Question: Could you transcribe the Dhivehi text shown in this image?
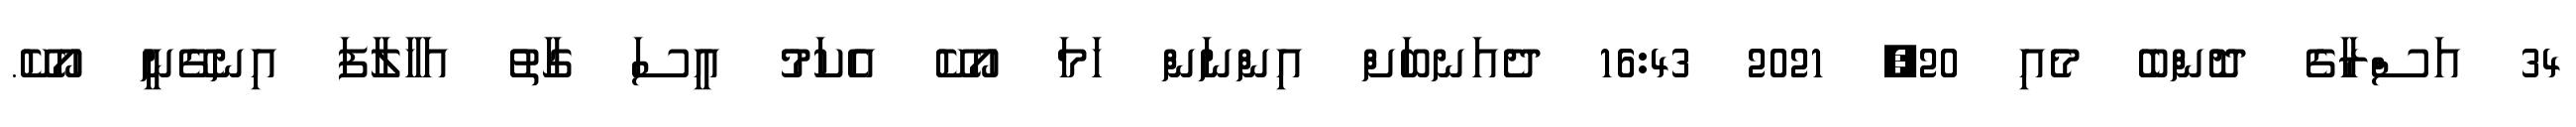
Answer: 34 އަސްރާގެ ދޮންބެ މެއި 20, 2021 16:43 ދެއަނބަށް އިންނަން ހަމަ އޯކޭ އެކަމު އީސަ ގާތު އަހާލާފަ އިނގޭނީ އޯކޭ.